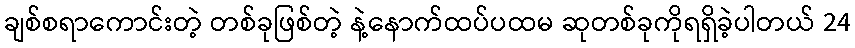
ချစ်စရာကောင်းတဲ့ တစ်ခုဖြစ်တဲ့ နဲ့နောက်ထပ်ပထမ ဆုတစ်ခုကိုရရှိခဲ့ပါတယ် 24